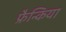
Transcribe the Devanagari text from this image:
फ्रैन्किया